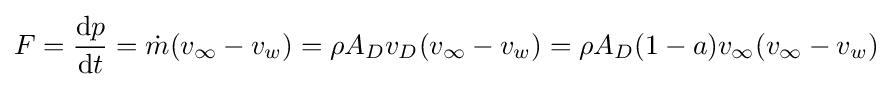
F={\frac {\mathrm {d} p}{\mathrm {d} t}}={\dot {m}}(v_{\infty }-v_{w})=\rho A_{D}v_{D}(v_{\infty }-v_{w})=\rho A_{D}(1-a)v_{\infty }(v_{\infty }-v_{w})